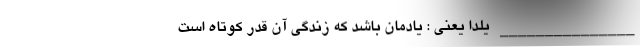
_______________ یلدا یعنی : یادمان باشد که زندگی آن قدر کوتاه است